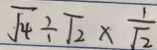
\sqrt { 4 } \div \sqrt { 2 } \times \frac { 1 } { \sqrt { 2 } }